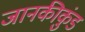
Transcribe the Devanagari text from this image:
जानकीकुंड